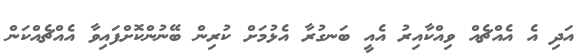
އަދި އެ އެއްޗެއް ވިއްކާއިރު އެއީ ބަނގުރާ އެޅުމަށް ކުރިން ބޭނުންކޮށްފައިވާ އެއްޗެއްކަން